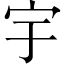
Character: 宇